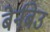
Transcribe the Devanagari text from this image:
बेर्नबेउ